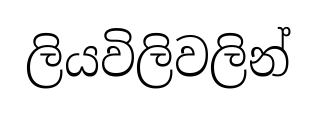
ලියවිලිවලින්